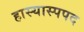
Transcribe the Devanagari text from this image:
हास्यास्पपद